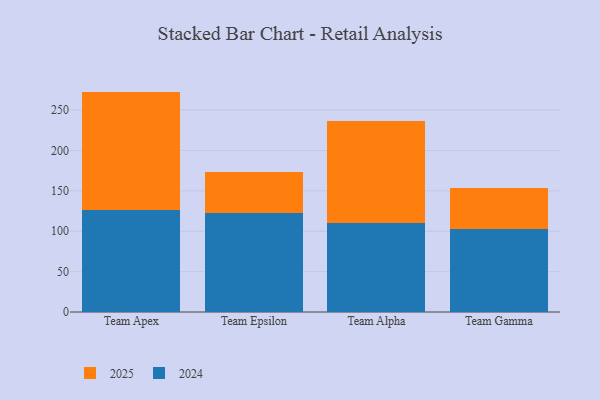
{"axis": {"x": "Team", "y": "Inventory Turnover"}, "legend": ["2024", "2025"], "data": [{"x": "Team Apex", "y": 126.0, "type": "2024"}, {"x": "Team Apex", "y": 146.9, "type": "2025"}, {"x": "Team Epsilon", "y": 123.2, "type": "2024"}, {"x": "Team Epsilon", "y": 50.5, "type": "2025"}, {"x": "Team Alpha", "y": 109.9, "type": "2024"}, {"x": "Team Alpha", "y": 126.4, "type": "2025"}, {"x": "Team Gamma", "y": 102.3, "type": "2024"}, {"x": "Team Gamma", "y": 51.7, "type": "2025"}]}